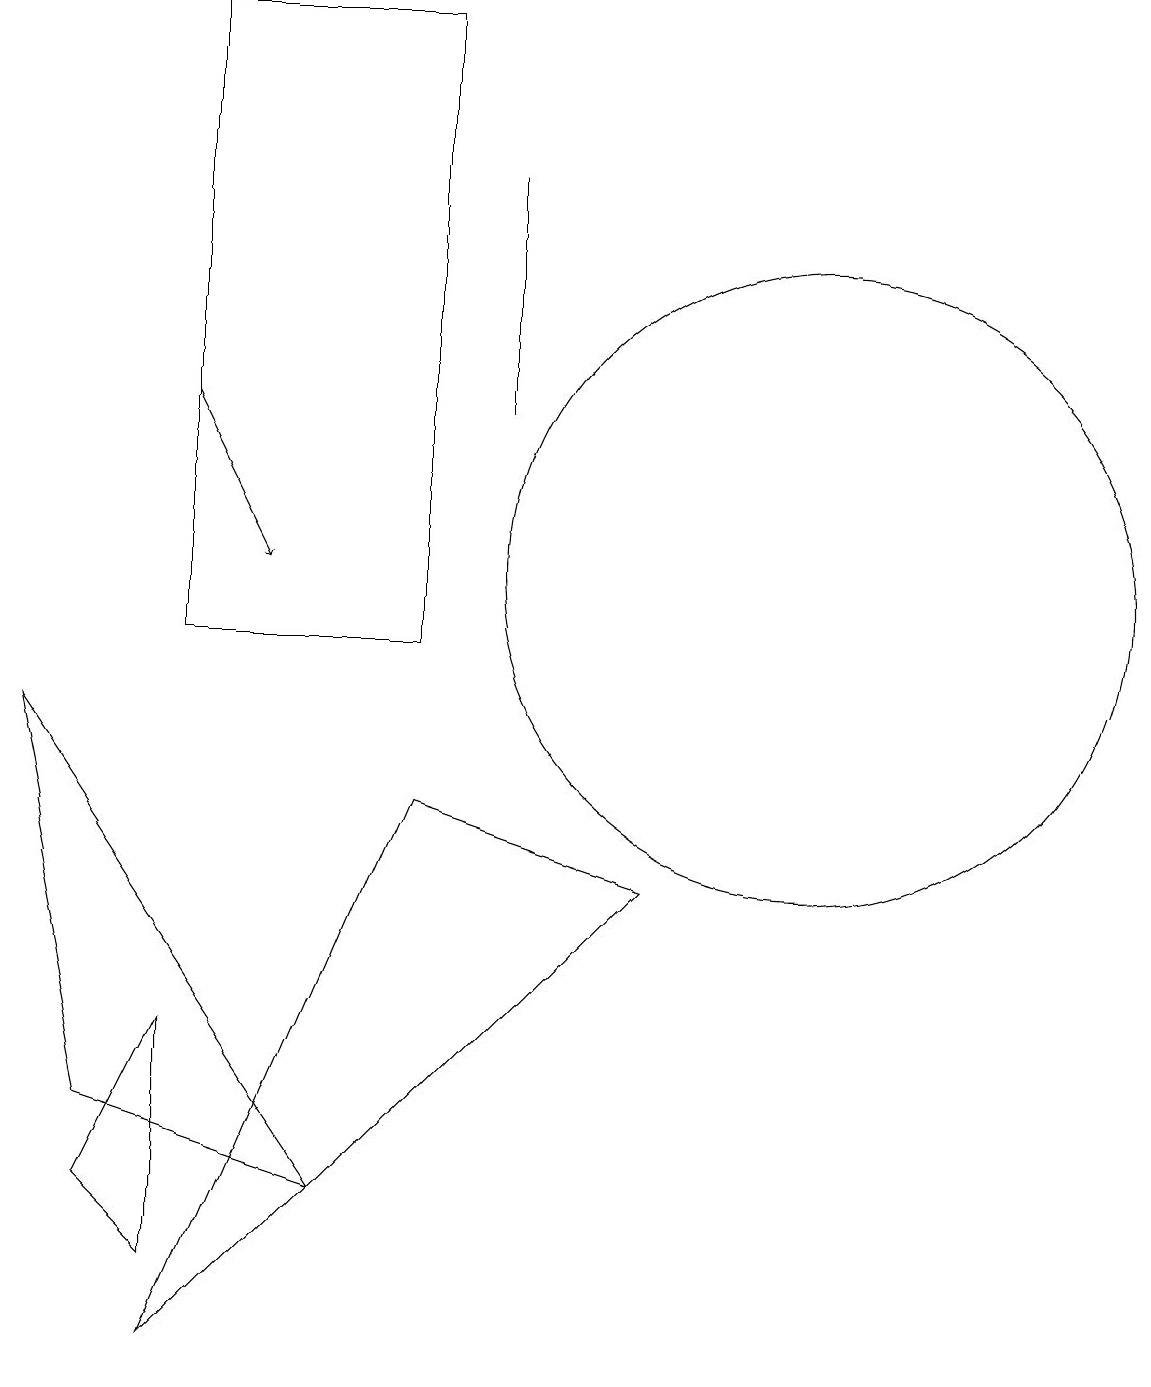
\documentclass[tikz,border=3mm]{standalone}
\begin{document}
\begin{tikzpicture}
\draw[->] (3,13) -- (4,11);
\draw (6,8) -- (3,1) -- (9,7) -- cycle;
\draw (2,3) -- (3,2) -- (3,5) -- cycle;
\draw (2,4) -- (5,3) -- (1,9) -- cycle;
\draw (11,11) circle (4);
\draw (3,18) rectangle (6,10);
\draw (7,13) rectangle (7,16);
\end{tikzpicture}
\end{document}